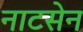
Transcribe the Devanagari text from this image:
नाटसेन